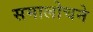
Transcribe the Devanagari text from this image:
समालोचने